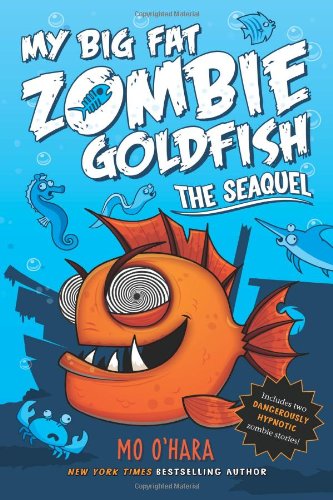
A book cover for My Big Fat Zombie Goldfish: The SeaQuel; Mo O'Hara; Children's Books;